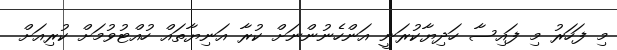
މި ފަހަރު މި ފައިސާ ހަދިޔާކުރަނީ އަންހެނުންނަށް ކުރާ އަނިޔާތައް ހުއްޓުވުމަށް ކުރިއަށް